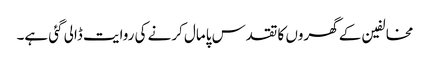
مخالفین کے گھروں کا تقدس پامال کرنے کی روایت ڈالی گئی ہے۔